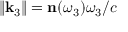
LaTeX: \| \mathbf { k } _ { 3 } \| = \mathbf { n } ( \omega _ { 3 } ) \omega _ { 3 } / c